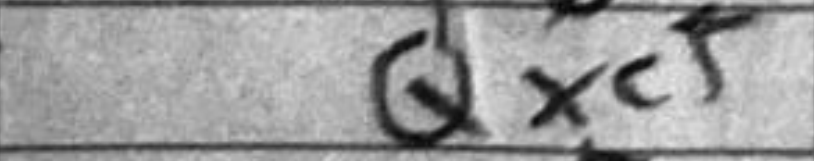
Transcription: Qxc5